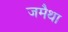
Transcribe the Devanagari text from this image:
जमैथा